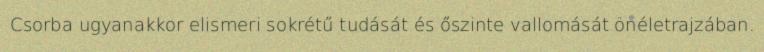
Csorba ugyanakkor elismeri sokrétű tudását és őszinte vallomását önéletrajzában.